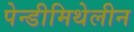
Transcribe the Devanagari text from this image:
पेन्डीमिथेलीन